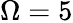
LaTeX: \Omega=5